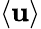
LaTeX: \left<\mathbf{u}\right>